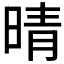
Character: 晴